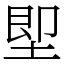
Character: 堲